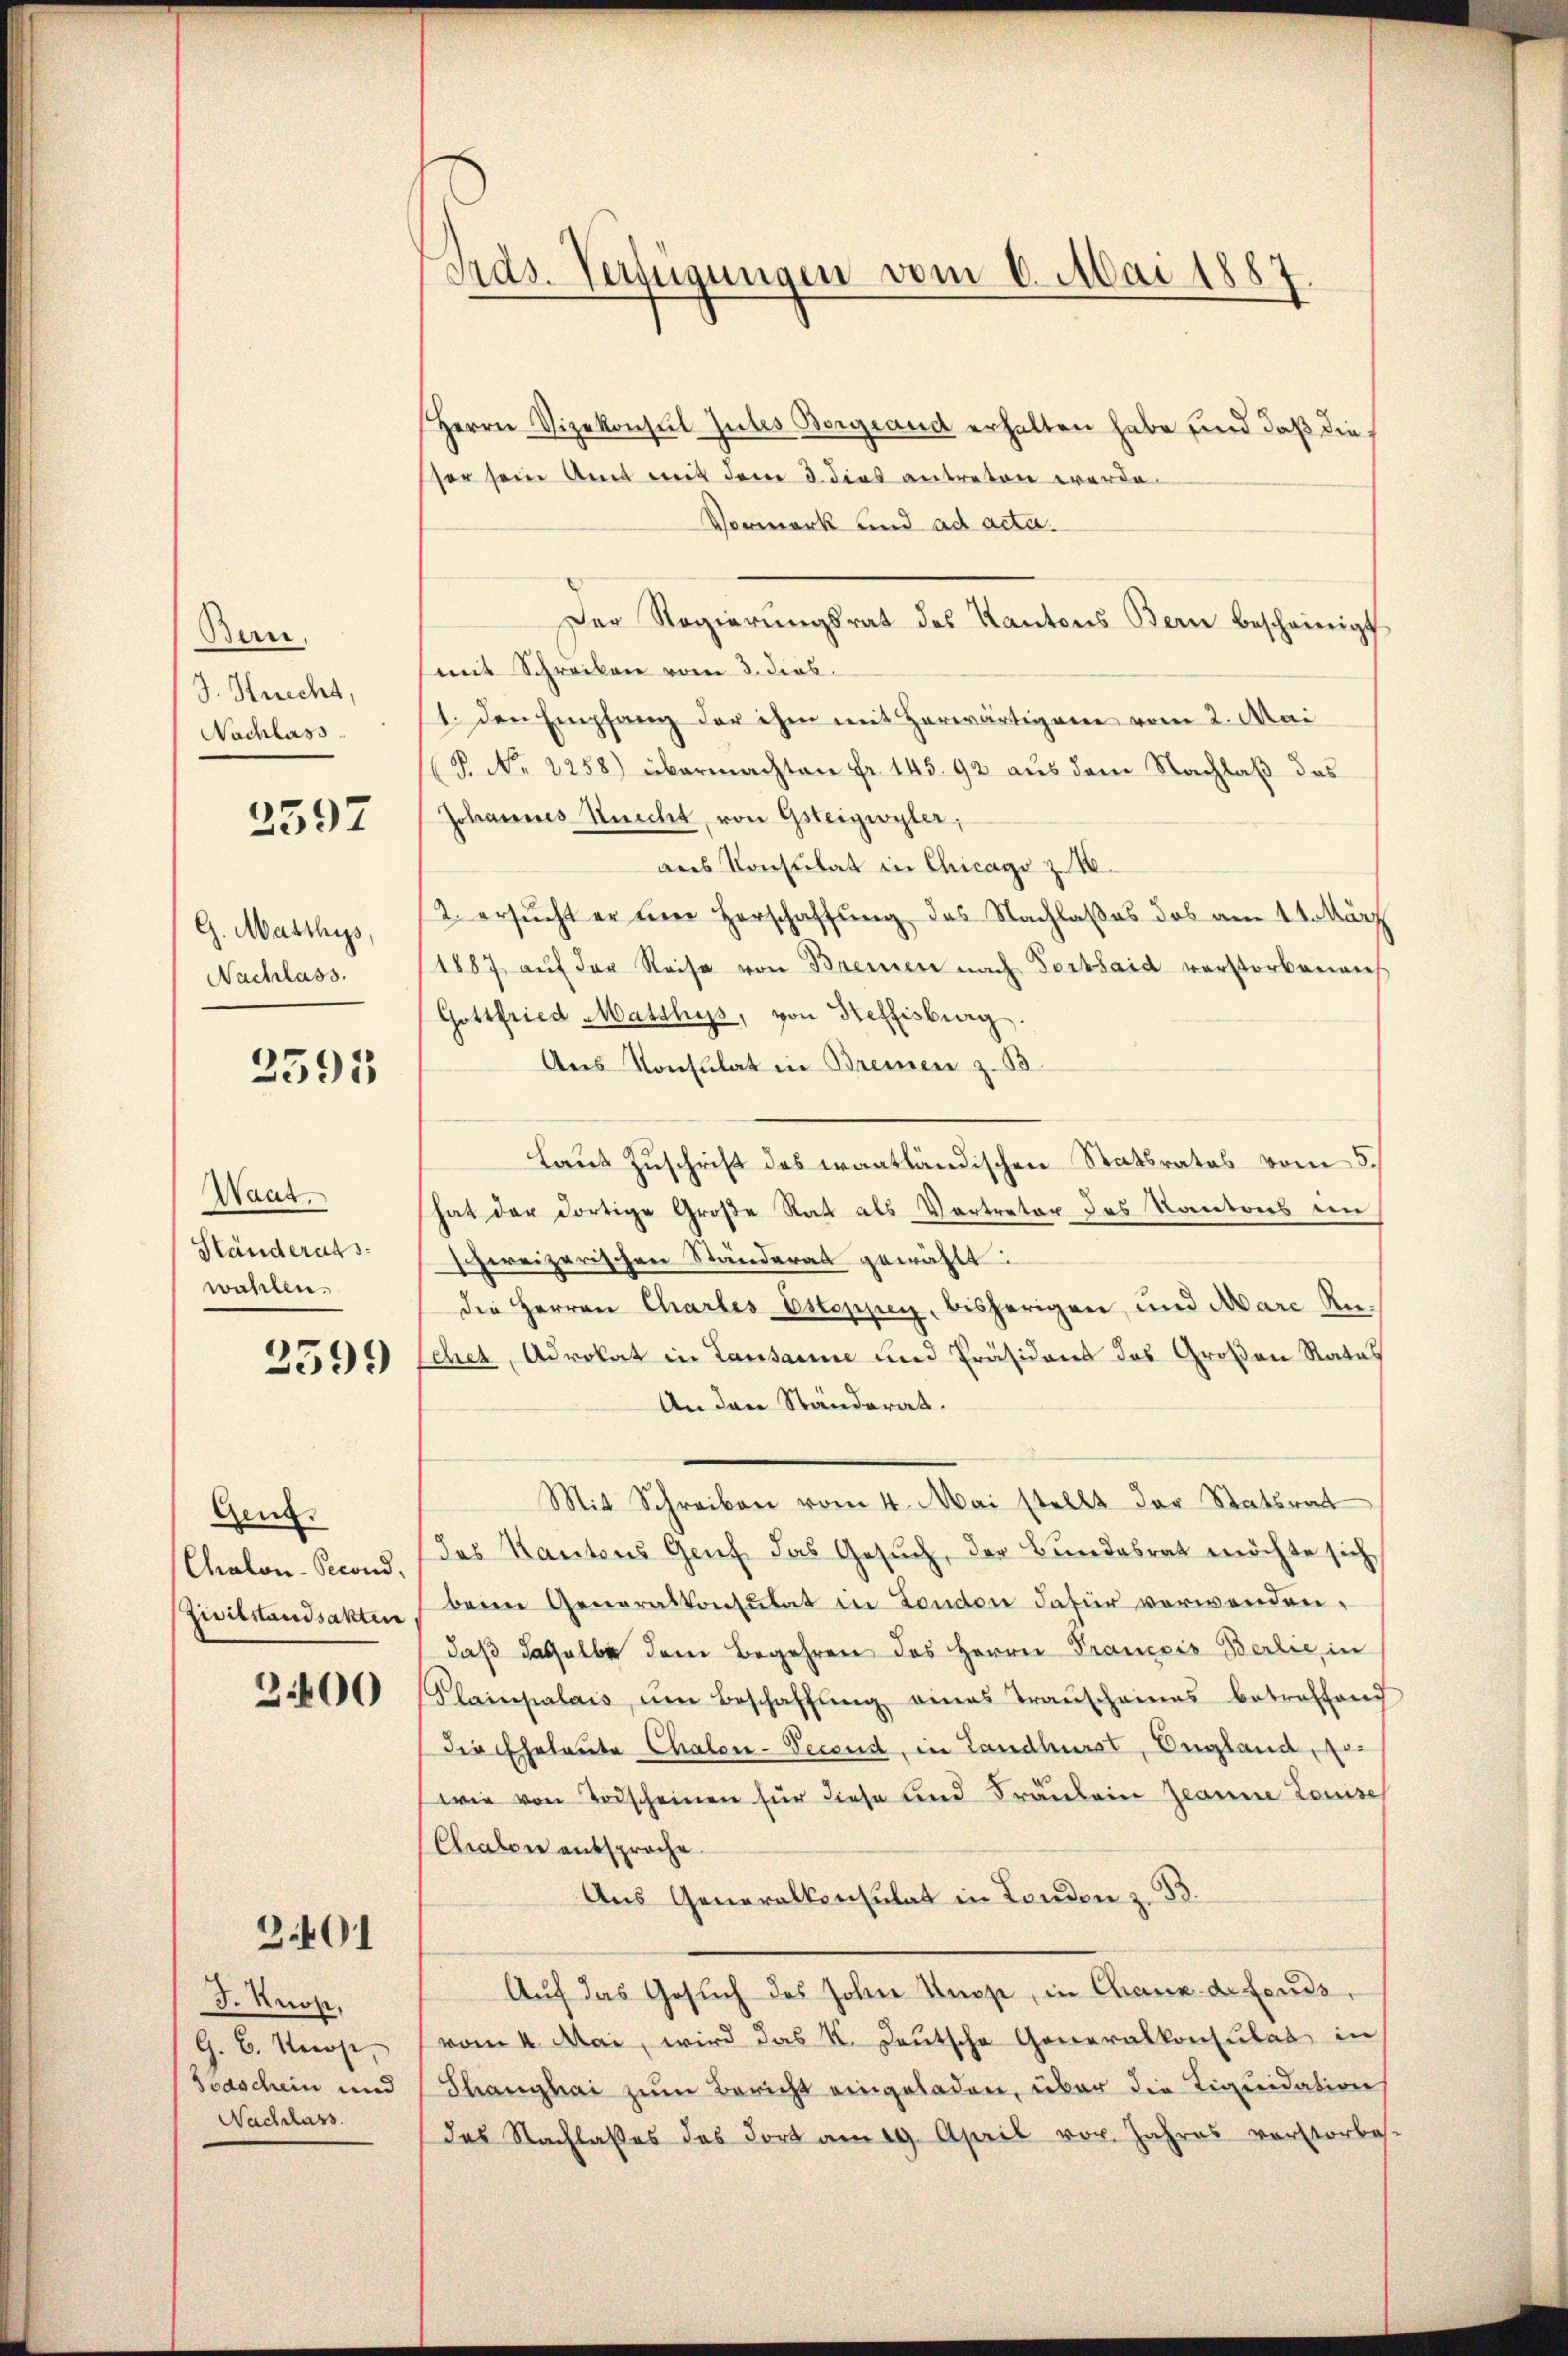
Bern,
J. Knecht,
Nachlass

2597

G. Masthys,
Nachlass.

2595

Waat.
Ständerats-
wahlen.

2599

Gen.
Chalon-Second,
Zivilstandsakten

3.400

3401

J. Knop,
G. B. Knos,
Soaschein und
Nachlass

Tras. Verfügungen vom 6. Mai 1887

Herrn Vizekonseit Gutes Bergrand erhalten habe sind daß die
ser sein Amt mit dem 3. dies antreten werde.
Vormerk und ad acta.
Der Regierungsrat des Kantons Bern bescheinigt
mit Schreiben vom 3. dies
1. Den Empfang der ihm mit Horwärtigen vom 2. Mai
P. Nr. 2258) übermachten fr. 145. 92 aus dem Nachlaß das
Johannes Knecht, von Gsteigwyler,
ans Konsulat in Chicago z. 16.
2. ersucht er um Horschaffung des Nachlaßes das am 11. März
1887 auf der Reise von Brennen nach Dorthaid verstorbenauf
Gottfried Mathyss, von Steffisburg.
Aus Konsulat in Bremen z. B.
Laut Zuschrift des wantländischen Statsrates vom 5.
hat der dortige Große Rat als Vertreter das Kantons ein
hereizerischen Ständerat gewählt
die Herren Chartes Esteppig, bisherigen, und Aare An
chet, Advokat in Lausanne und Präsident das Großen Rates
An den Ständerat.
Mit Schreiben vom 4. Mai stellt der Statsrat
das Kantons Genf das Gesuch, der Bundesrat möchte sich
beim Generalkonsulat in London dafür verwenden.
daß dasselbe dem Begehren des Herrn Prancois Berlie, in
Plainpalais, um Beschaffŭng eines Transcheines betreffend
die Eheleute Chalen-Fecend, in Landbürst, England, sowie von Todscheinen für diese und Fräulein Jeanne Louise
Chaler entsproche.
Aus Generalkonsulat in Landen z. B.
Auf das Gesuch des Johann Kuppe, in Chaux de fonds
vom 4. Mai, wird das K. Deutsche Generalkonsulat in
Shanghai zum Bericht eingeladen, über die Liquidation
das Nachlasses das dort am 19. April vor. Jahres verstorbes-